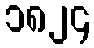
၁၈၂၄